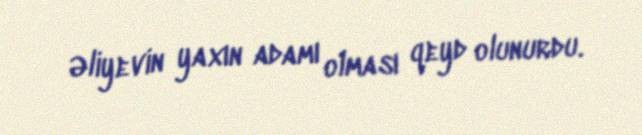
Əliyevin yaxın adamı olması qeyd olunurdu.